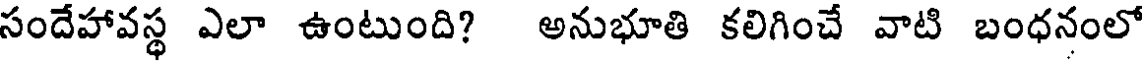
సందేహావస్థ ఎలా ఉంటుంది? అనుభూతి కలిగించే వాటి బంధనంలో